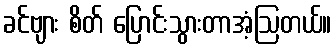
ခင်ဗျား စိတ် ပြောင်းသွားတာအံ့ဩတယ်။